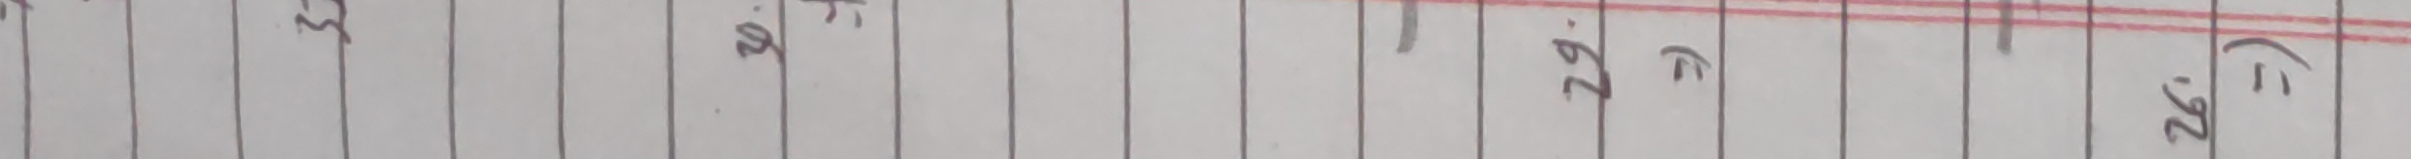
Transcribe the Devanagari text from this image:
३
२५
२६.०